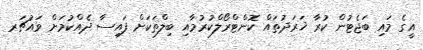
އީގެ މައި ބަޖެޓުން ކުރާ ޚަރަދުތައް ކޮންޓްރޯލްކުރުމާއި ބިލްތަކަށް ފައިސާ ދެއްކުމަށް ވައުޗަރ